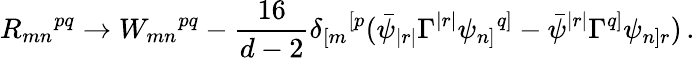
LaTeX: R_{mn}{}^{pq}\rightarrow W_{mn}{}^{pq}-\frac{16}{d-2}\delta_{[m}{}^{[p}(\bar{\psi}_{|r|}\Gamma^{|r|}\psi_{n]}{}^{q]}-\bar{\psi}^{|r|}\Gamma^{q]}\psi_{n]r})\, .